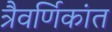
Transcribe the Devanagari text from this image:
त्रैवर्णिकांत